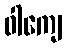
ဝါကျေ